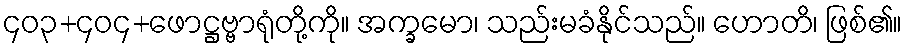
၄၀၃+၄၀၄+ဖောဋ္ဌဗ္ဗာရုံတို့ကို။ အက္ခမော၊ သည်းမခံနိုင်သည်။ ဟောတိ၊ ဖြစ်၏။